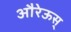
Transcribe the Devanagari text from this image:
औरेऊस्